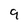
Character: 9